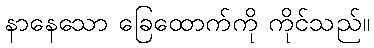
နာနေသော ခြေထောက်ကို ကိုင်သည်။